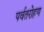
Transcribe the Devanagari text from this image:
पर्वतरोहण